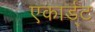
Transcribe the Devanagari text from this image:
एकार्ड्‌ट